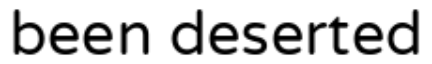
been deserted